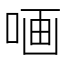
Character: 𠵾